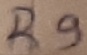
Text: R9